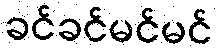
ခင်ခင်မင်မင်